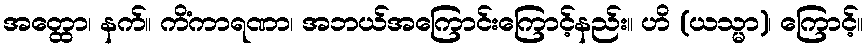
အတ္ထော၊ နက်။ ကိံကာရဏာ၊ အဘယ်အကြောင်းကြောင့်နည်း။ ဟိ (ယသ္မာ)၊ ကြောင့်။